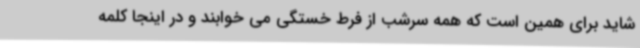
شاید برای همین است که همه سرشب از فرط خستگی می خوابند و در اینجا کلمه